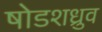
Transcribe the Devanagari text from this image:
षोडशध्रुव